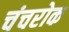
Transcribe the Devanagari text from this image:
चंचरोक